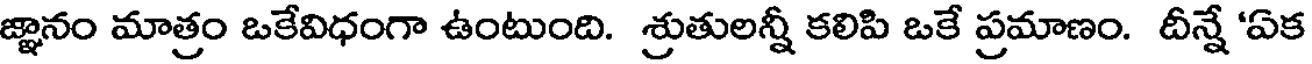
జ్ఞానం మాత్రం ఒకేవిధంగా ఉంటుంది. శ్రుతులన్నీ కలిపి ఒకే ప్రమాణం. దీన్నే 'ఏక